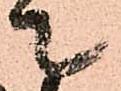
て